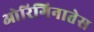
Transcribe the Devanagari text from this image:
ओरिगिनातेस